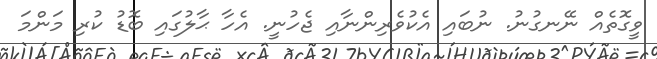
ވީގޮތެއް ނޭނގުނު. ނުބައިި އެކުވެރިންނާއި ޖެހުނީ. އެހާ ޙާލުގައި ބޮޑު ކުރި މަންމަ